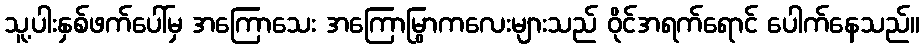
သူ့ပါးနှစ်ဖက်ပေါ်မှ အကြောသေး အကြောမြွာကလေးများသည် ဝိုင်အရက်ရောင် ပေါက်နေသည်။